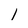
Character: 1